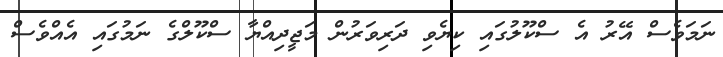
ނަމަވެސް އޭރު އެ ސްކޫލުގައި ކިޔެވި ދަރިވަރުން މަޖީދިއްޔާ ސްކޫލްގެ ނަމުގައި އެއްވެސް